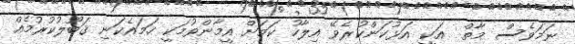
ނަމަވެސް މާތް  އަކީ އަޅުކަންކުރެވޭ އިލާހު ކަމަށް އީމާންވުމަކީ ހަމައެކަނި ޤަބޫލުކުރުމެއް